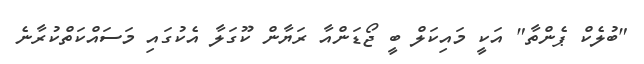
"ބުލެކް ޕެންތާ" އަކީ މައިކަލް ބީ ޖޯޑަންއާ ރަޔާން ކޫގަލާ އެކުގައި މަސައްކަތްކުރާނެ